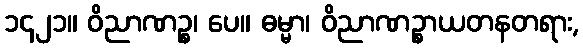
၁၄၂၁။ ဝိညာဏဉ္စ၊ ပေ။ ဓမ္မာ၊ ဝိညာဏဉ္စာယတနတရား,